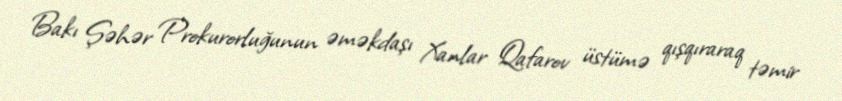
Bakı Şəhər Prokurorluğunun əməkdaşı Xanlar Qafarov üstümə qışqıraraq təmir